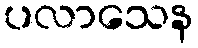
ပလာသေန